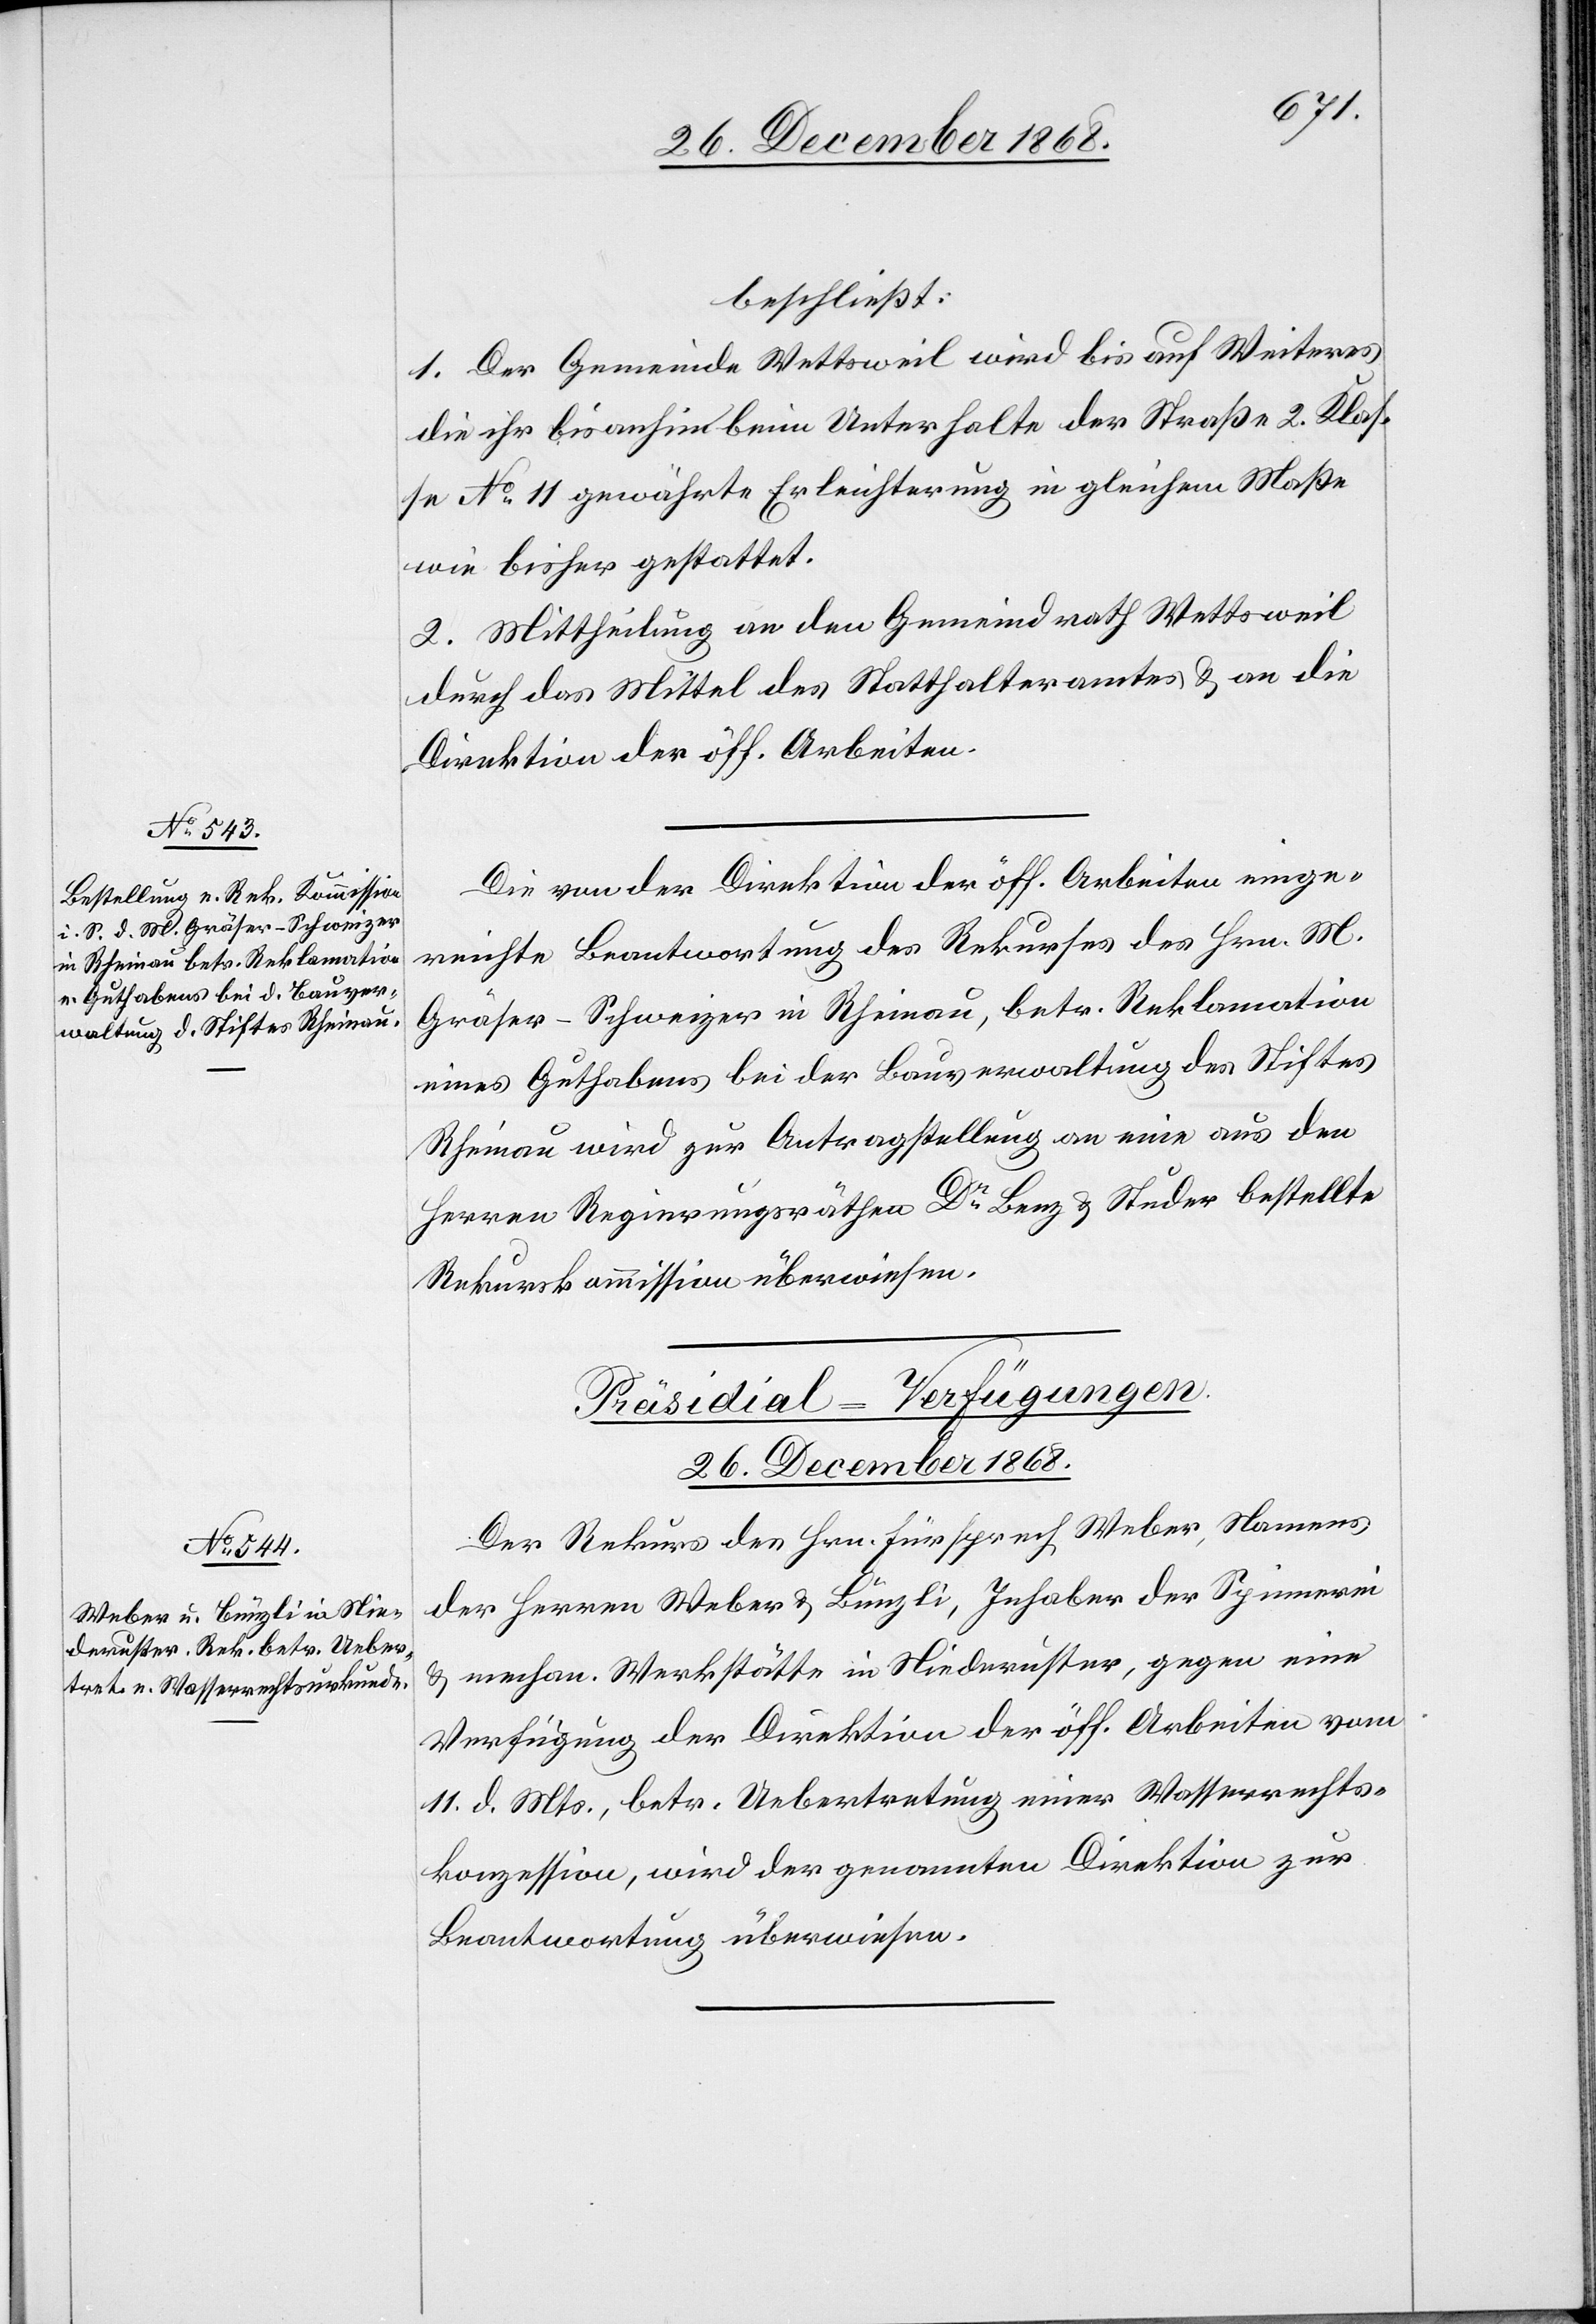
26. December 1868.
beschließt:
1. Der Gemeinde Wettsweil wird bis auf Weiteres
die ihr bisanhin beim Unterhalte der Straße 2. Klas¬
se No 11 gewährte Erleichterung in gleichem Maße
wie bisher gestattet.
2. Mittheilung an den Gemeindrath Wettsweil
durch das Mittel des Statthalteramtes & an die
Direktion der öff. Arbeiten.
Die von der Direktion der öff. Arbeiten einge¬
reichte Beantwortung des Rekurses des Hrn. M.
Gräser-Schweizer in Rheinau, betr. Reklamation
eines Guthabens bei der Bauverwaltung des Stiftes
Rheinau wird zur Antragstellung an eine aus den
Herren Regierungsräthen Dr Benz & Studer bestellte
Rekurskommission überwiesen.
Präsidial-Verfügungen.
Der Rekurs des Hrn. Fürsprech Weber, Namens
der Herren Weber & Bünzli, Inhaber der Spinnerei
& mechan. Werkstätte in Niederuster, gegen eine
Verfügung der Direktion der öff. Arbeiten vom
11. d. Mts., betr. Uebertretung einer Wasserrechts¬
konzession, wird der genannten Direktion zur
Beantwortung überwiesen.